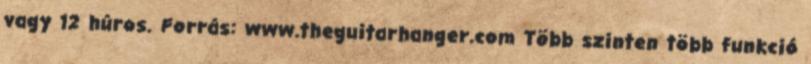
vagy 12 húros. Forrás: www.theguitarhanger.com Több szinten több funkció